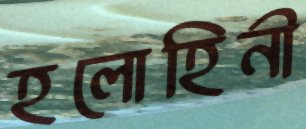
হলোহিনী